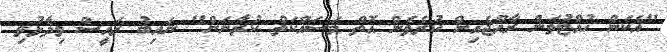
"އެކަން ހުއްޓުވަން ރާއްޖެއިން ކުރެވެން އޮތް މަސައްކަތް ކުރާނަން" ނައިބު ރައީސް ވިދާޅުވި